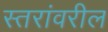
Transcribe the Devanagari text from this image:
स्‍तरांवरील